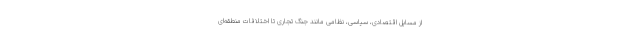
از مسایل اقتصادی، سیاسی، نظامی مانند جنگ تجاری تا اختلافات منطقه‌ای